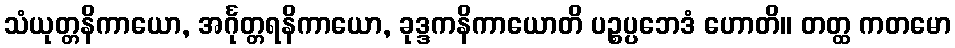
သံယုတ္တနိကာယော, အင်္ဂုတ္တရနိကာယော, ခုဒ္ဒကနိကာယောတိ ပဉ္စပ္ပဘေဒံ ဟောတိ။ တတ္ထ ကတမော